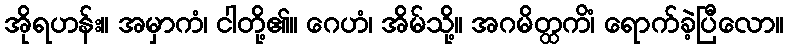
အိုရဟန်း။ အမှာကံ၊ ငါတို့၏။ ဂေဟံ၊ အိမ်သို့။ အဂမိတ္ထကိံ၊ ရောက်ခဲ့ပြီလော။